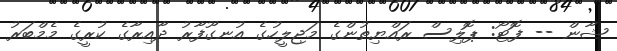
ޝާން -- ފޮޓޯ: ޕޮލިސް ރައްޔިތުންގެ މަޖިލީހުގެ އުނގޫފާރު ދާއިރާގެ ކުރީގެ މެމްބަރު